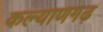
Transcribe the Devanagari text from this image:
कल्याणगढ़